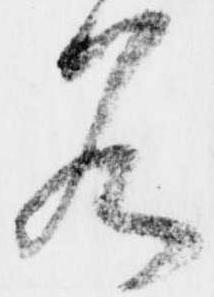
名